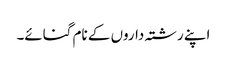
اپنے رشتہ داروں کے نام گنائے۔